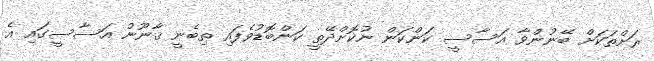
ރަށްތަކަށް ބޭނުންވާ އަސާސީ ކަންކަން ނުކޮށްދޭތީ ކަންބޮޑުވެފައި ތިބެނީ ޤާނޫނު އަސާސީގައި އެ